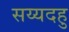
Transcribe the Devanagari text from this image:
सय्यदहु